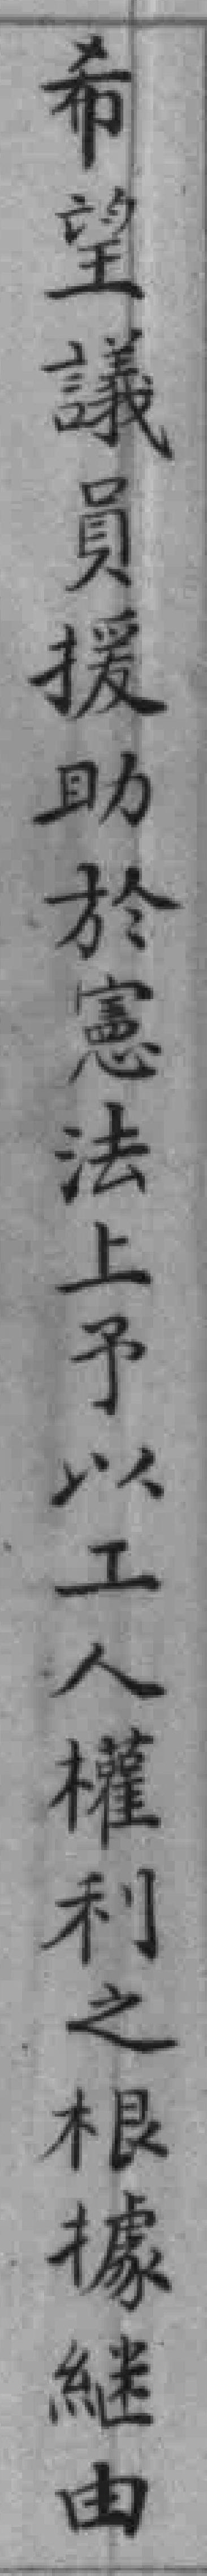
希望議員援助於憲法上予以工人權利之根據継由